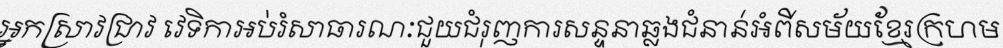
អ្នកស្រាវជ្រាវ វេទិកាអប់រំសាធារណៈជួយជំរុញការសន្ទនាឆ្លងជំនាន់អំពីសម័យខ្មែរក្រហម